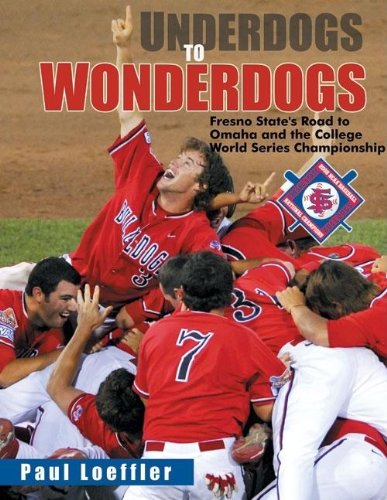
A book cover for Underdogs to Wonderdogs: Fresno State's Road to Omaha and the College World Series Championship; Paul Loeffler; Sports & Outdoors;